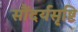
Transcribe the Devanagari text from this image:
सौंदर्यसृष्टि